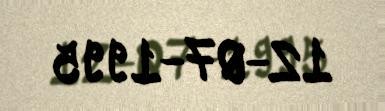
12-07-1995